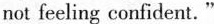
not feeling confident."